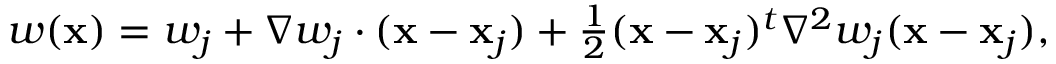
\begin{array} { r } { w ( { \bf x } ) = w _ { j } + { \nabla } w _ { j } \cdot ( { \bf x } - { \bf x } _ { j } ) + \frac { 1 } { 2 } ( { \bf x } - { \bf x } _ { j } ) ^ { t } { \nabla } ^ { 2 } w _ { j } ( { \bf x } - { \bf x } _ { j } ) , } \end{array}